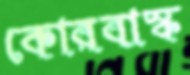
কোরবাস্ক